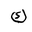
Letter: _kaf